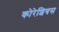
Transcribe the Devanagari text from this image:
कोरेशियस